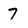
Character: 7